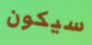
سيكون